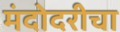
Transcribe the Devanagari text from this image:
मंदोदरीचा